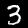
Digit: 3